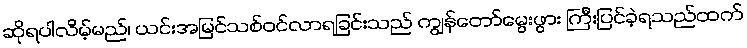
ဆိုရပါလိမ့်မည်၊ ယင်းအမြင်သစ်ဝင်လာရခြင်းသည် ကျွန်တော်မွေးဖွား ကြီးပြင်ခဲ့ရသည်ထက်